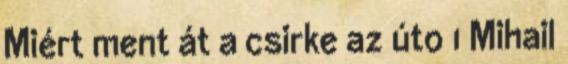
Miért ment át a csirke az úto 1 Mihail